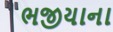
ભજીયાના